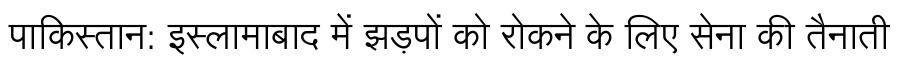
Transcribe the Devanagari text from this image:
पाकिस्तान: इस्लामाबाद में झड़पों को रोकने के लिए सेना की तैनाती